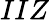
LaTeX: IIZ